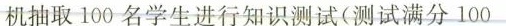
机抽取100名学生进行知识测试(测试满分100